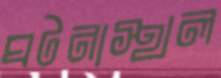
ঘটনাস্থল